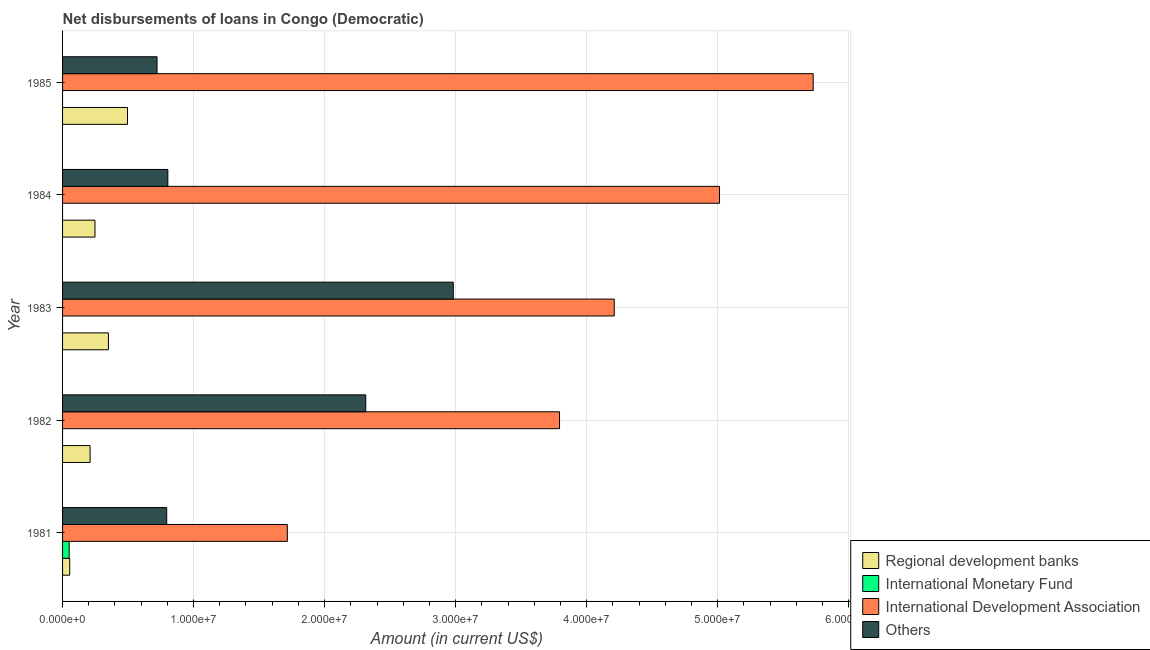
| Year | Regional development banks | International Monetary Fund | International Development Association | Others |
 | --- | --- | --- | --- | --- |
 | 1981 | 5.46e+05 | 5.04e+05 | 1.72e+07 | 7.95e+06 |
 | 1982 | 2.1e+06 | -6.61e+05 | 3.79e+07 | 2.31e+07 |
 | 1983 | 3.5e+06 | -3.38e+06 | 4.21e+07 | 2.98e+07 |
 | 1984 | 2.47e+06 | -9.60e+06 | 5.01e+07 | 8.04e+06 |
 | 1985 | 4.96e+06 | -1.89e+07 | 5.73e+07 | 7.21e+06 |